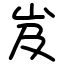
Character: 岌